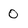
Character: o